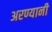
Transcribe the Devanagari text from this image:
अरण्यानी